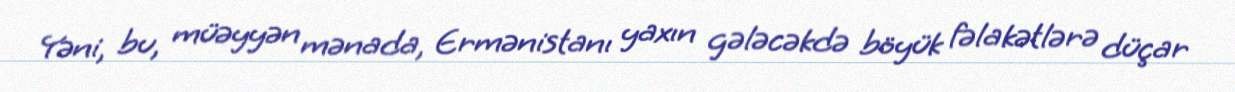
Yəni, bu, müəyyən mənada, Ermənistanı yaxın gələcəkdə böyük fəlakətlərə düçar